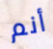
أنم